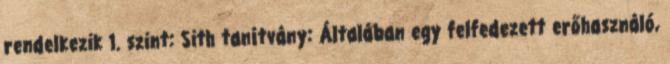
rendelkezik 1. szint: Sith tanítvány: Általában egy felfedezett erőhasználó,